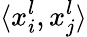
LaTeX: \langle x_{i}^{l},x_{j}^{l}\rangle